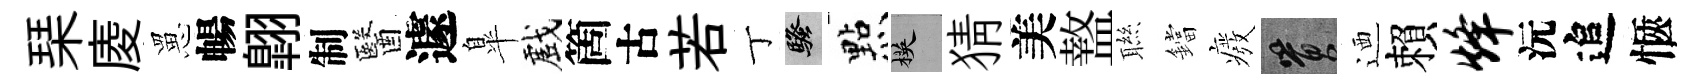
琹庱罳暢翺制醫遽臯戲箇古若丁騷㸃楧猜美盩聮鐺癈篔迺賴烽沅追愜